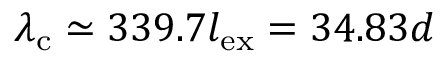
\lambda _ { \mathrm { c } } \simeq 3 3 9 . 7 l _ { \mathrm { e x } } = 3 4 . 8 3 d